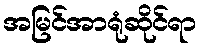
အမြင်အာရုံဆိုင်ရာ